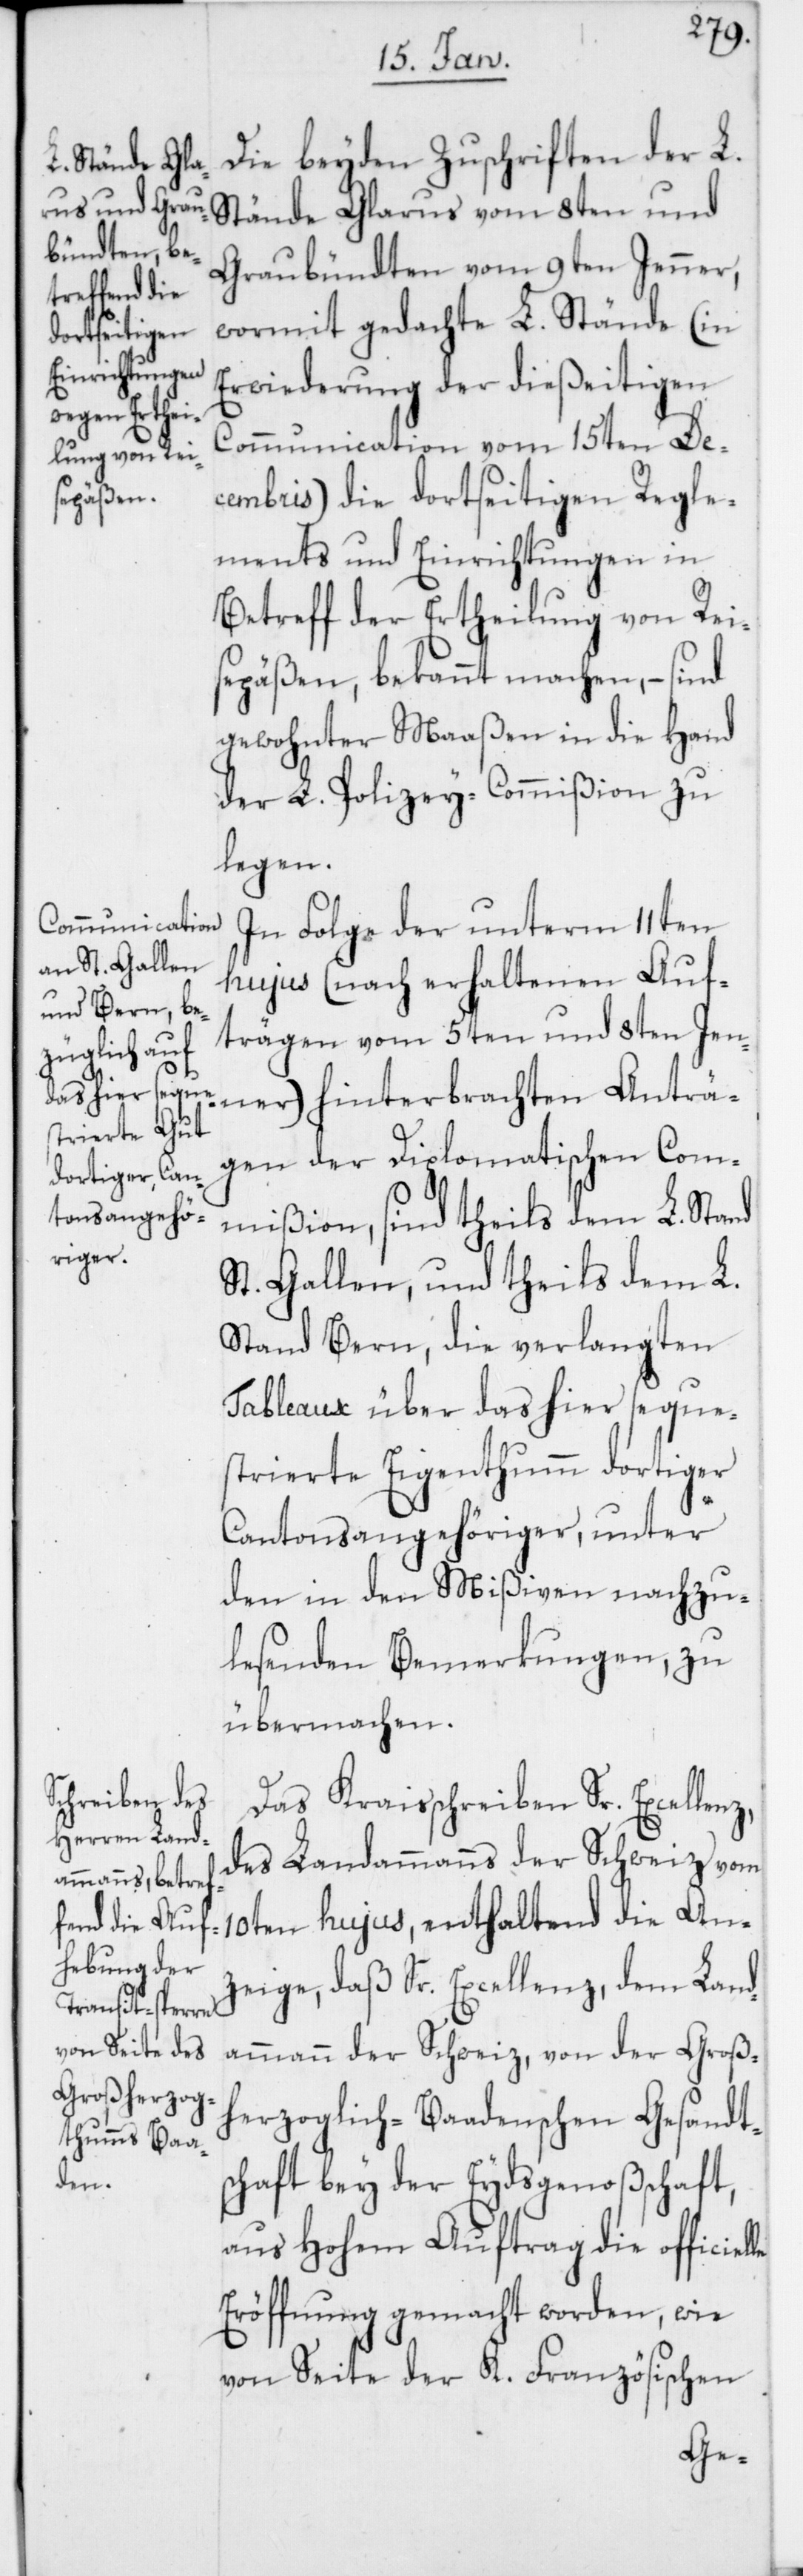
elle

Die beyden Zuschriften der L.
Stände Glarus vom 8ten und
Graubündten vom 9ten Jenner,
wormit gedachte L. Stände (in
Erwiederung der dießeitigen
Communication vom 15ten De¬
cembris) die dortseitigen Regle¬
ments und Einrichtungen in
Betreff der Ertheilung von Rei¬
sepäßen, bekannt machen, – sind
gewohnter Maaßen in die Hand
der L. Polizey-Commißion zu
legen.
In Folge der unterm 11ten
hujus (nach erhaltenen Auf¬
trägen vom 5ten und 8ten Jen¬
ner) hinterbrachten Anträ¬
gen der Diplomatischen Com¬
mißion, sind theils dem L. Stand
St. Gallen, und theils dem L.
Stand Bern, die verlangten
Tableaux über das hier seque¬
strierte Eigenthum dortiger
Cantonsangehöriger, unter
den in den Mißiven nachzu¬
lesenden Bemerkungen, zu
übermachen.
Das Kraisschreiben Sr. Excellenz,
des Landammanns der Schweiz, vom
10ten hujus, enthaltend die An¬
zeige, daß Sr. Excellenz, dem Land¬
ammann der Schweiz, von der Groß¬
herzoglich-Baadenschen Gesandt¬
schaft bey der Eydsgenoßschaft,
aus Hohem Auftrag die offici¬
Eröffnung gemacht worden, wie
von Seite der K. Französischen